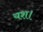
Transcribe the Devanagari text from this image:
यश।